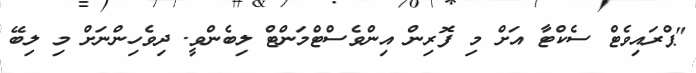
"ޕްރައިވެޓް ސެކްޓާ އަށް މި ފޮރިން އިންވެސްޓްމަންޓް ލިބެންވީ. ދިވެހިންނަށް މި ލިބޭ